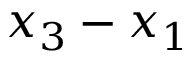
x _ { 3 } - x _ { 1 }